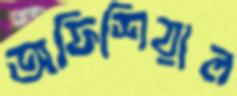
অফিশিয়াল